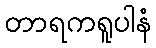
တာရကရူပါနံ